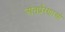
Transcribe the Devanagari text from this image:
अंतर्प्रेरणाओं